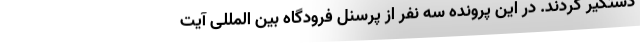
دستگیر کردند. در این پرونده سه نفر از پرسنل فرودگاه بین المللی آیت